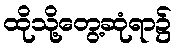
ထိုသို့တွေ့ဆုံရာ၌